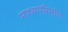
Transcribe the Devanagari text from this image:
माध्यपरिमाण